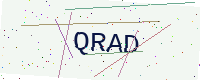
Text: QRAD